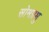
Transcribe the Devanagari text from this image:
सोमप्रभु